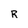
Character: R